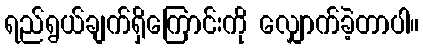
ရည်ရွယ်ချက်ရှိကြောင်းကို လျှောက်ခဲ့တာပါ။